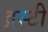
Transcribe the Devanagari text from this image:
द्रस्टी